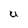
Character: U